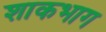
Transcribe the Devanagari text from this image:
शाकभाग